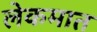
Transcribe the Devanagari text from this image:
लेकमात